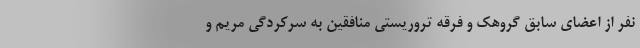
نفر از اعضای سابق گروهک و فرقه تروریستی منافقین به سرکردگی مریم و